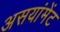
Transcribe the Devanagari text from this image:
असयांमेंट